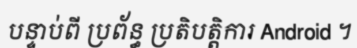
បន្ទាប់ពី ប្រព័ន្ធ ប្រតិបត្តិការ Android ។